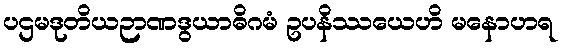
ပဌမဒုတိယဉာဏဒွယာဓိဂမံ ဥပနိဿယေဟိ မနောဟရ